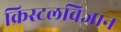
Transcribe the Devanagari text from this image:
क्रिस्टलविज्ञान